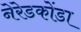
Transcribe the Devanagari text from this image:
नेरेडकोंडा